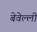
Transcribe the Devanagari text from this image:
बेवेल्ली